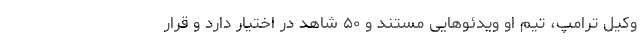
وکیل ترامپ، تیم او ویدئوهایی مستند و ۵۰ شاهد در اختیار دارد و قرار